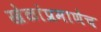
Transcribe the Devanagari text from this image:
खेळांप्रमाणेच